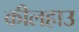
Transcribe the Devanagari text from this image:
कीलहाउ